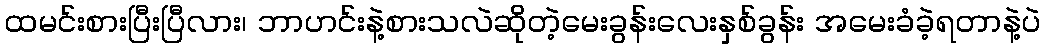
ထမင်းစားပြီးပြီလား၊ ဘာဟင်းနဲ့စားသလဲဆိုတဲ့မေးခွန်းလေးနှစ်ခွန်း အမေးခံခဲ့ရတာနဲ့ပဲ